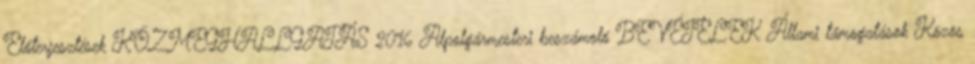
Előterjesztések KÖZMEGHALLGATÁS 2016 Alpolgármesteri beszámoló BEVÉTELEK Állami támogatások Közös